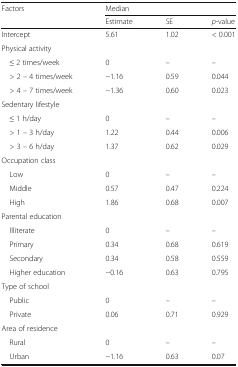
| <ROWSPAN=2> Factors | <COLSPAN=3> Median |
 | Estimate | SE | p-value |
 | --- | --- | --- | --- |
 | Intercept | 5.61 | 1.02 | < 0.001 |
 | <COLSPAN=4> Physical activity |
 | ≤ 2 times/week | 0 | – | – |
 | > 2 – 4 times/week | −1.16 | 0.59 | 0.044 |
 | > 4 – 7 times/week | −1.36 | 0.60 | 0.023 |
 | <COLSPAN=4> Sedentary lifestyle |
 | ≤ 1 h/day | 0 | – | – |
 | > 1 – 3 h/day | 1.22 | 0.44 | 0.006 |
 | > 3 – 6 h/day | 1.37 | 0.62 | 0.029 |
 | <COLSPAN=4> Occupation class |
 | Low | 0 | – | – |
 | Middle | 0.57 | 0.47 | 0.224 |
 | High | 1.86 | 0.68 | 0.007 |
 | <COLSPAN=4> Parental education |
 | Illiterate | 0 | – | – |
 | Primary | 0.34 | 0.68 | 0.619 |
 | Secondary | 0.34 | 0.58 | 0.559 |
 | Higher education | −0.16 | 0.63 | 0.795 |
 | <COLSPAN=4> Type of school |
 | Public | 0 | – | – |
 | Private | 0.06 | 0.71 | 0.929 |
 | <COLSPAN=4> Area of residence |
 | Rural | 0 | – | – |
 | Urban | −1.16 | 0.63 | 0.07 |